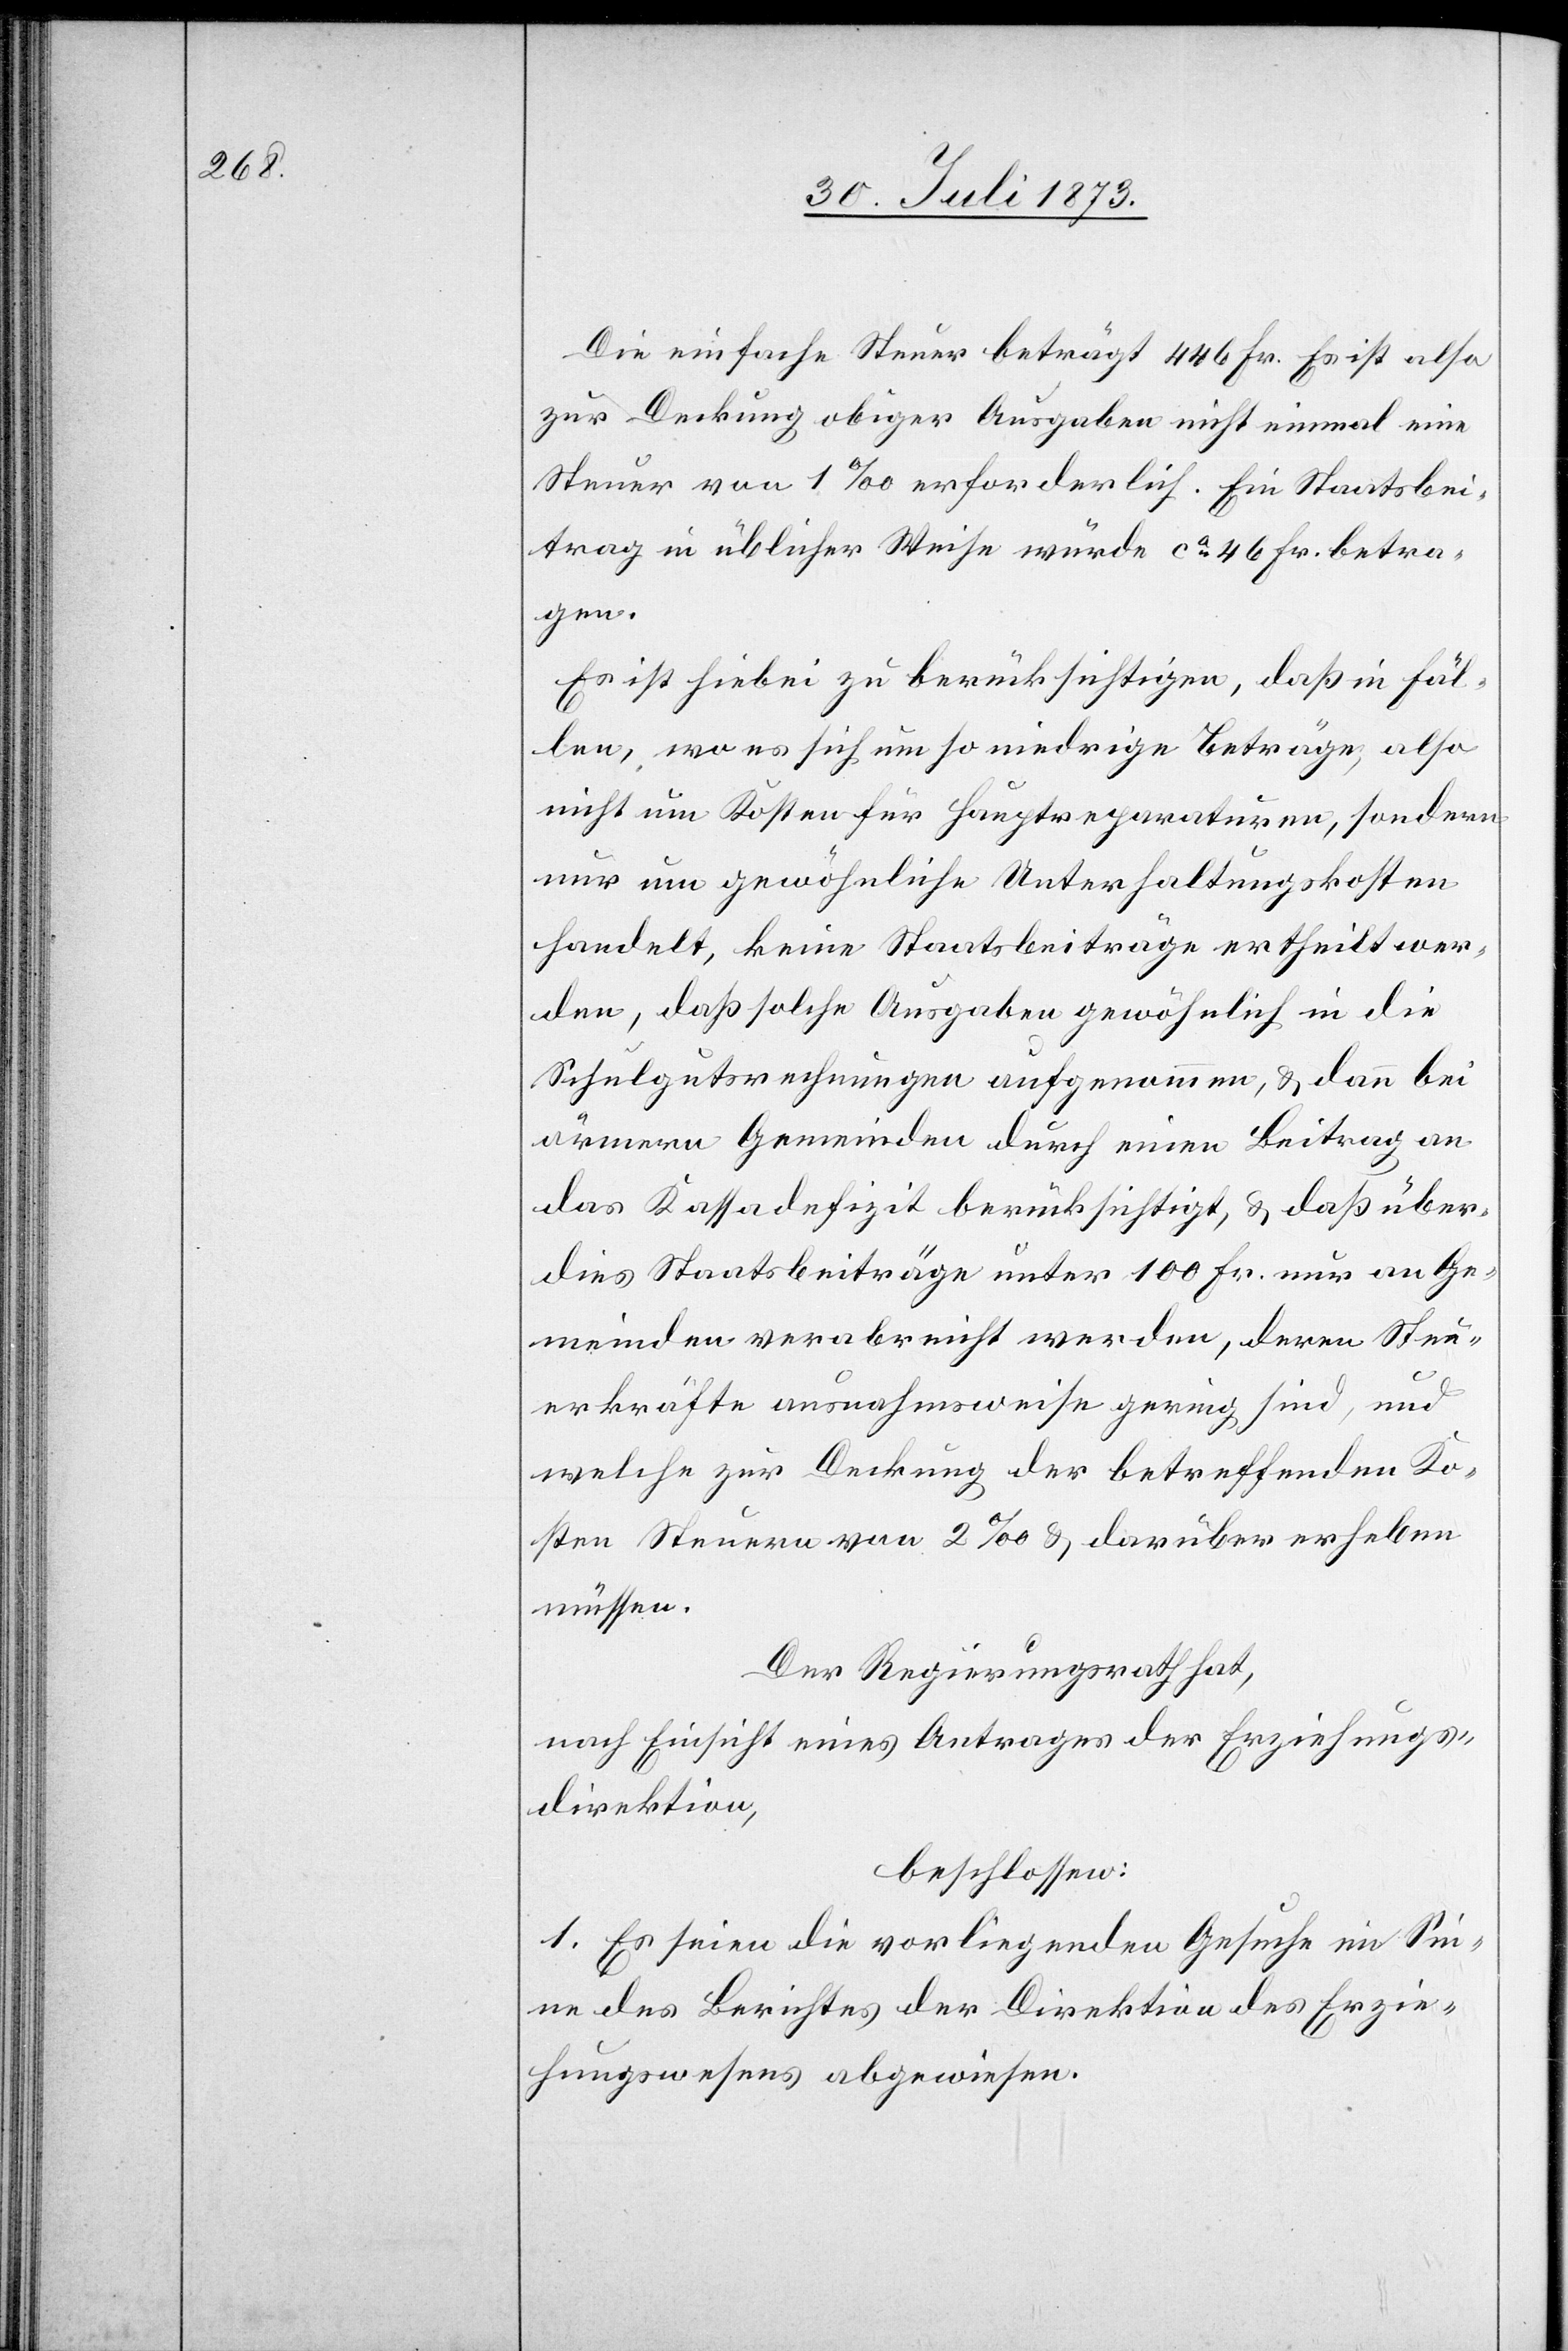
Die einfache Steuer beträgt 446 Fr. Es ist also
zur Deckung obiger Ausgaben nicht einmal eine
Steuer von 1‰ erforderlich. Ein Staatsbei¬
trag in üblicher Weise würde ca 46 Fr. betra¬
gen.
Es ist hiebei zu berücksichtigen, daß in Fäl¬
len, wo es sich um so niedrige Beträge, also
nicht um Kosten für Hauptreparaturen, sondern
nur um gewöhnliche Unterhaltungskosten
handelt, keine Staatsbeiträge ertheilt wer¬
den, daß solche Ausgaben gewöhnlich in die
Schulgutsrechnungen aufgenommen, & dann bei
ärmern Gemeinden durch einen Beitrag an
das Kassadefizit berücksichtigt, & daß über¬
dies Staatsbeiträge unter 100 Fr. nur an Ge¬
meinden verabreicht werden, deren Steu¬
erkräfte ausnahmsweise gering sind, und
welche zur Deckung der betreffenden Ko¬
sten Steuern von 2‰ & darüber erheben
müssen.
Der Regierungsrath hat,
nach Einsicht eines Antrages der Erziehungs¬
direktion,
beschlossen:
1. Es seien die vorliegenden Gesuche im Sin¬
ne des Berichtes der Direktion des Erzie¬
hungswesens abgewiesen.